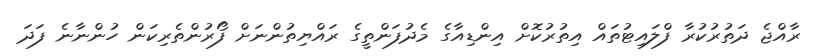
ރާއްޖެ ދަތުރުކުރާ ފްލައިޓުތައް އިތުރުކޮށް އިންޑިއާގެ މެދުފަންތީގެ ރައްޔިތުންނަށް ފޯރުންތެރިކަން ހުންނާނެ ފަދަ